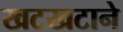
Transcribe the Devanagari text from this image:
खटखटाने